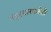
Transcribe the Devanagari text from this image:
नंदुरबारकडेही